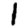
Digit: 1